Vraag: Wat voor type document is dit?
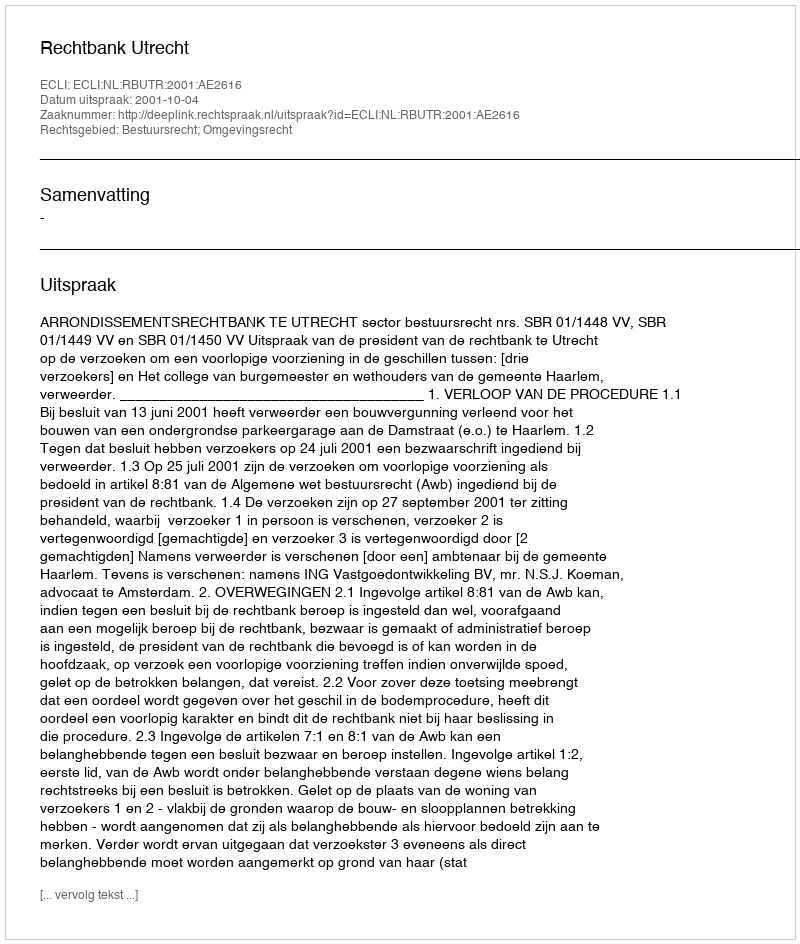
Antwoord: Uitspraak